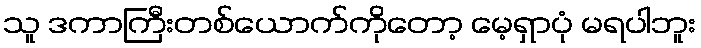
သူ ဒကာကြီးတစ်ယောက်ကိုတော့ မေ့ရှာပုံ မရပါဘူး